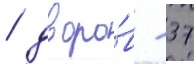
/ дворо́в - 37